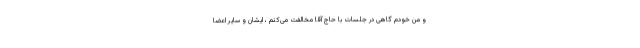
و من خودم گاهی در جلسات با حاج آقا مخالفت می‌کنم ، ایشان و سایر اعضا